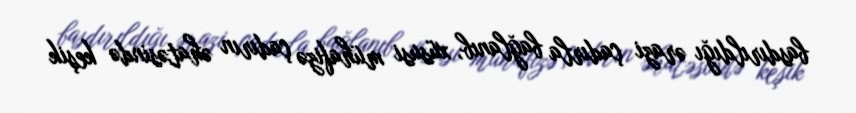
basdırıldığı ərazi çadırla bağlanıb, xüsusi mühafizə çadırın əhatəsində keşik